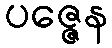
ပဇ္ဇေန